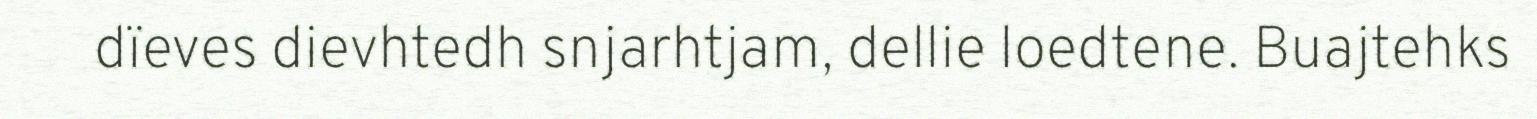
dïeves dievhtedh snjarhtjam, dellie loedtene. Buajtehks